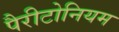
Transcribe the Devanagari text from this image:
पैरीटोनियम